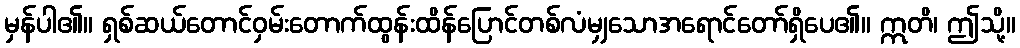
မှန်ပါ၏။ ရှစ်ဆယ်တောင်ဝှမ်းတောက်ထွန်းထိန်ပြောင်တစ်လံမျှသောအရောင်တော်ရှိပေ၏။ ဣတိ၊ ဤသို့။